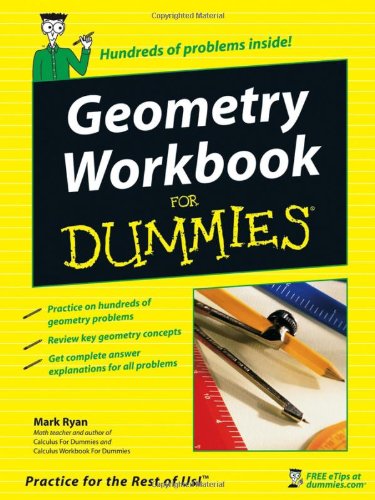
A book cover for Geometry Workbook For Dummies; Mark Ryan; Science & Math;